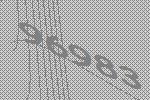
96983